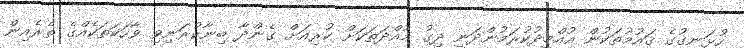
ހުޅަނގުގެ ޤައުމުތަކުން އުއްމީދުކުރަމުންދަނީ ދިގު މުއްދަތަކަށް ކުރިއަށް ގެންދާ ބިނާކުރަނިވި ވާހަކަތަކެއްގެ ތެރެއިން